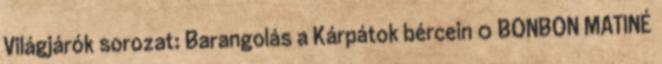
Világjárók sorozat: Barangolás a Kárpátok bércein 0 BONBON MATINÉ